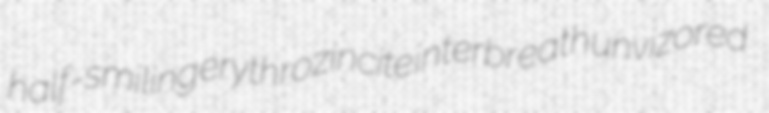
half-smiling erythrozincite interbreath unvizored